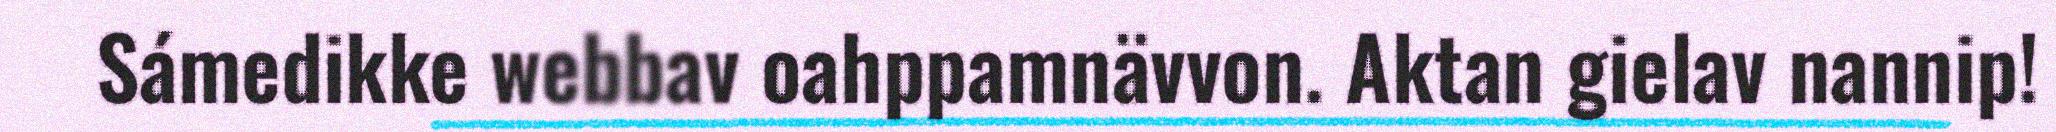
Sámedikke webbav oahppamnävvon. Aktan gielav nannip!